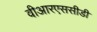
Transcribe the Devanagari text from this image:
वीआरएससीडी